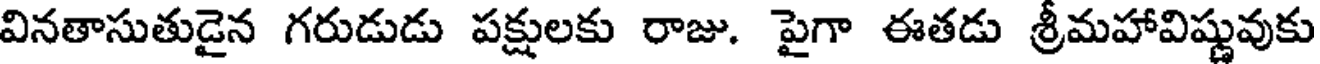
వినతాసుతుడైన గరుడుడు పక్షులకు రాజు. పైగా ఈతడు శ్రీమహావిష్ణువుకు